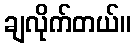
ချလိုက်တယ်။